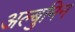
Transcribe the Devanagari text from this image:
अल्बुमिन